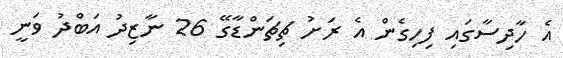
އެ ހާދިސާގައި ފިހިގެން އެ ރަށު ޗިޗަންޑާގޭ 26 ނާޒިދު އަބްދު ވަނީ